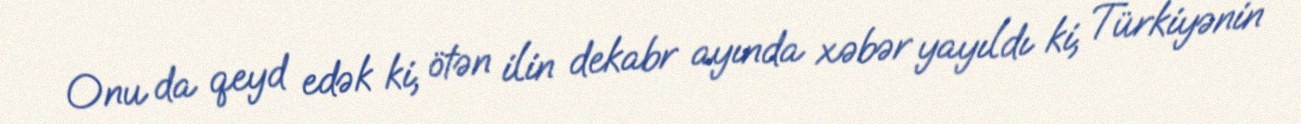
Onu da qeyd edək ki, ötən ilin dekabr ayında xəbər yayıldı ki, Türkiyənin